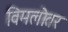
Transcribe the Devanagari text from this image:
विमलोतर